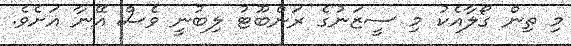
މި ތިން ގޯލާއެކު މި ސީޒަނުގެ ރަންބޫޓު ލިބުނީ ވެސް އޭނާ އަށެވެ.